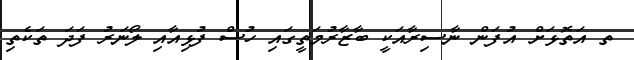
ތ އަތޮޅަށް އުފަން ނާސިރާއަކީ ބާޒާރުމަތީގައި ހުސް ފުޅިއާއި ލޯނަރު ފަދަ ތަކެތި